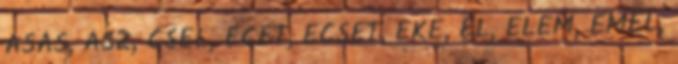
ÁSÁS, ÁSZ, CSEL, ECET, ECSET, EKE, EL, ELEM, EMEL,